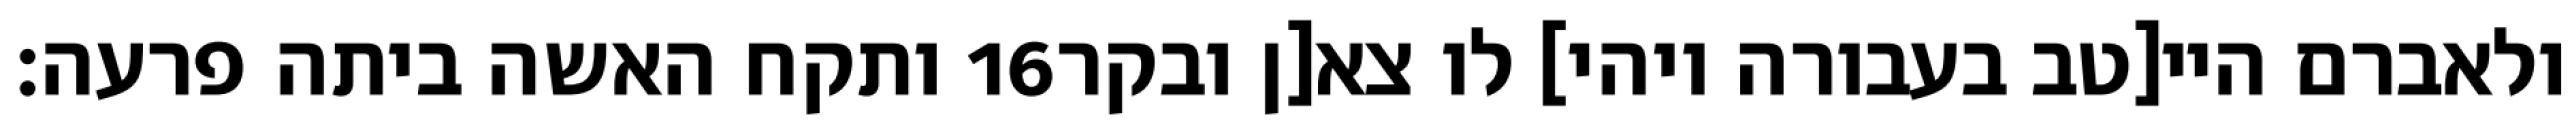
ותקח האשה ביתה פרעה׃ ‎16‏ ולאברם היי[טב בעבורה ויהי] לו צא[ן ובקר